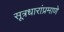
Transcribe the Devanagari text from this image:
सूत्रधारांप्रमाणे